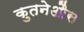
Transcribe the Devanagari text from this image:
कुतनेऔस